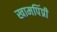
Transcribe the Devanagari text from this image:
खामपिंप्री